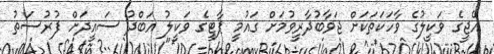
އޭޖީގެ ވަކީލުގެ ވާހަކަތަކަށް ޖަވާބުދާރީވުމަށް ގައުމީ ޕާޓީގެ ވަކީލު އަބްދު ސައީދަށް ފުރުސަތު